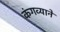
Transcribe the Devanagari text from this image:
कंगव्याने